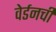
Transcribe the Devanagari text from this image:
वेर्डनची